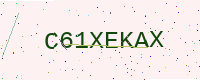
Text: C61XEKAX